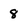
Character: 8